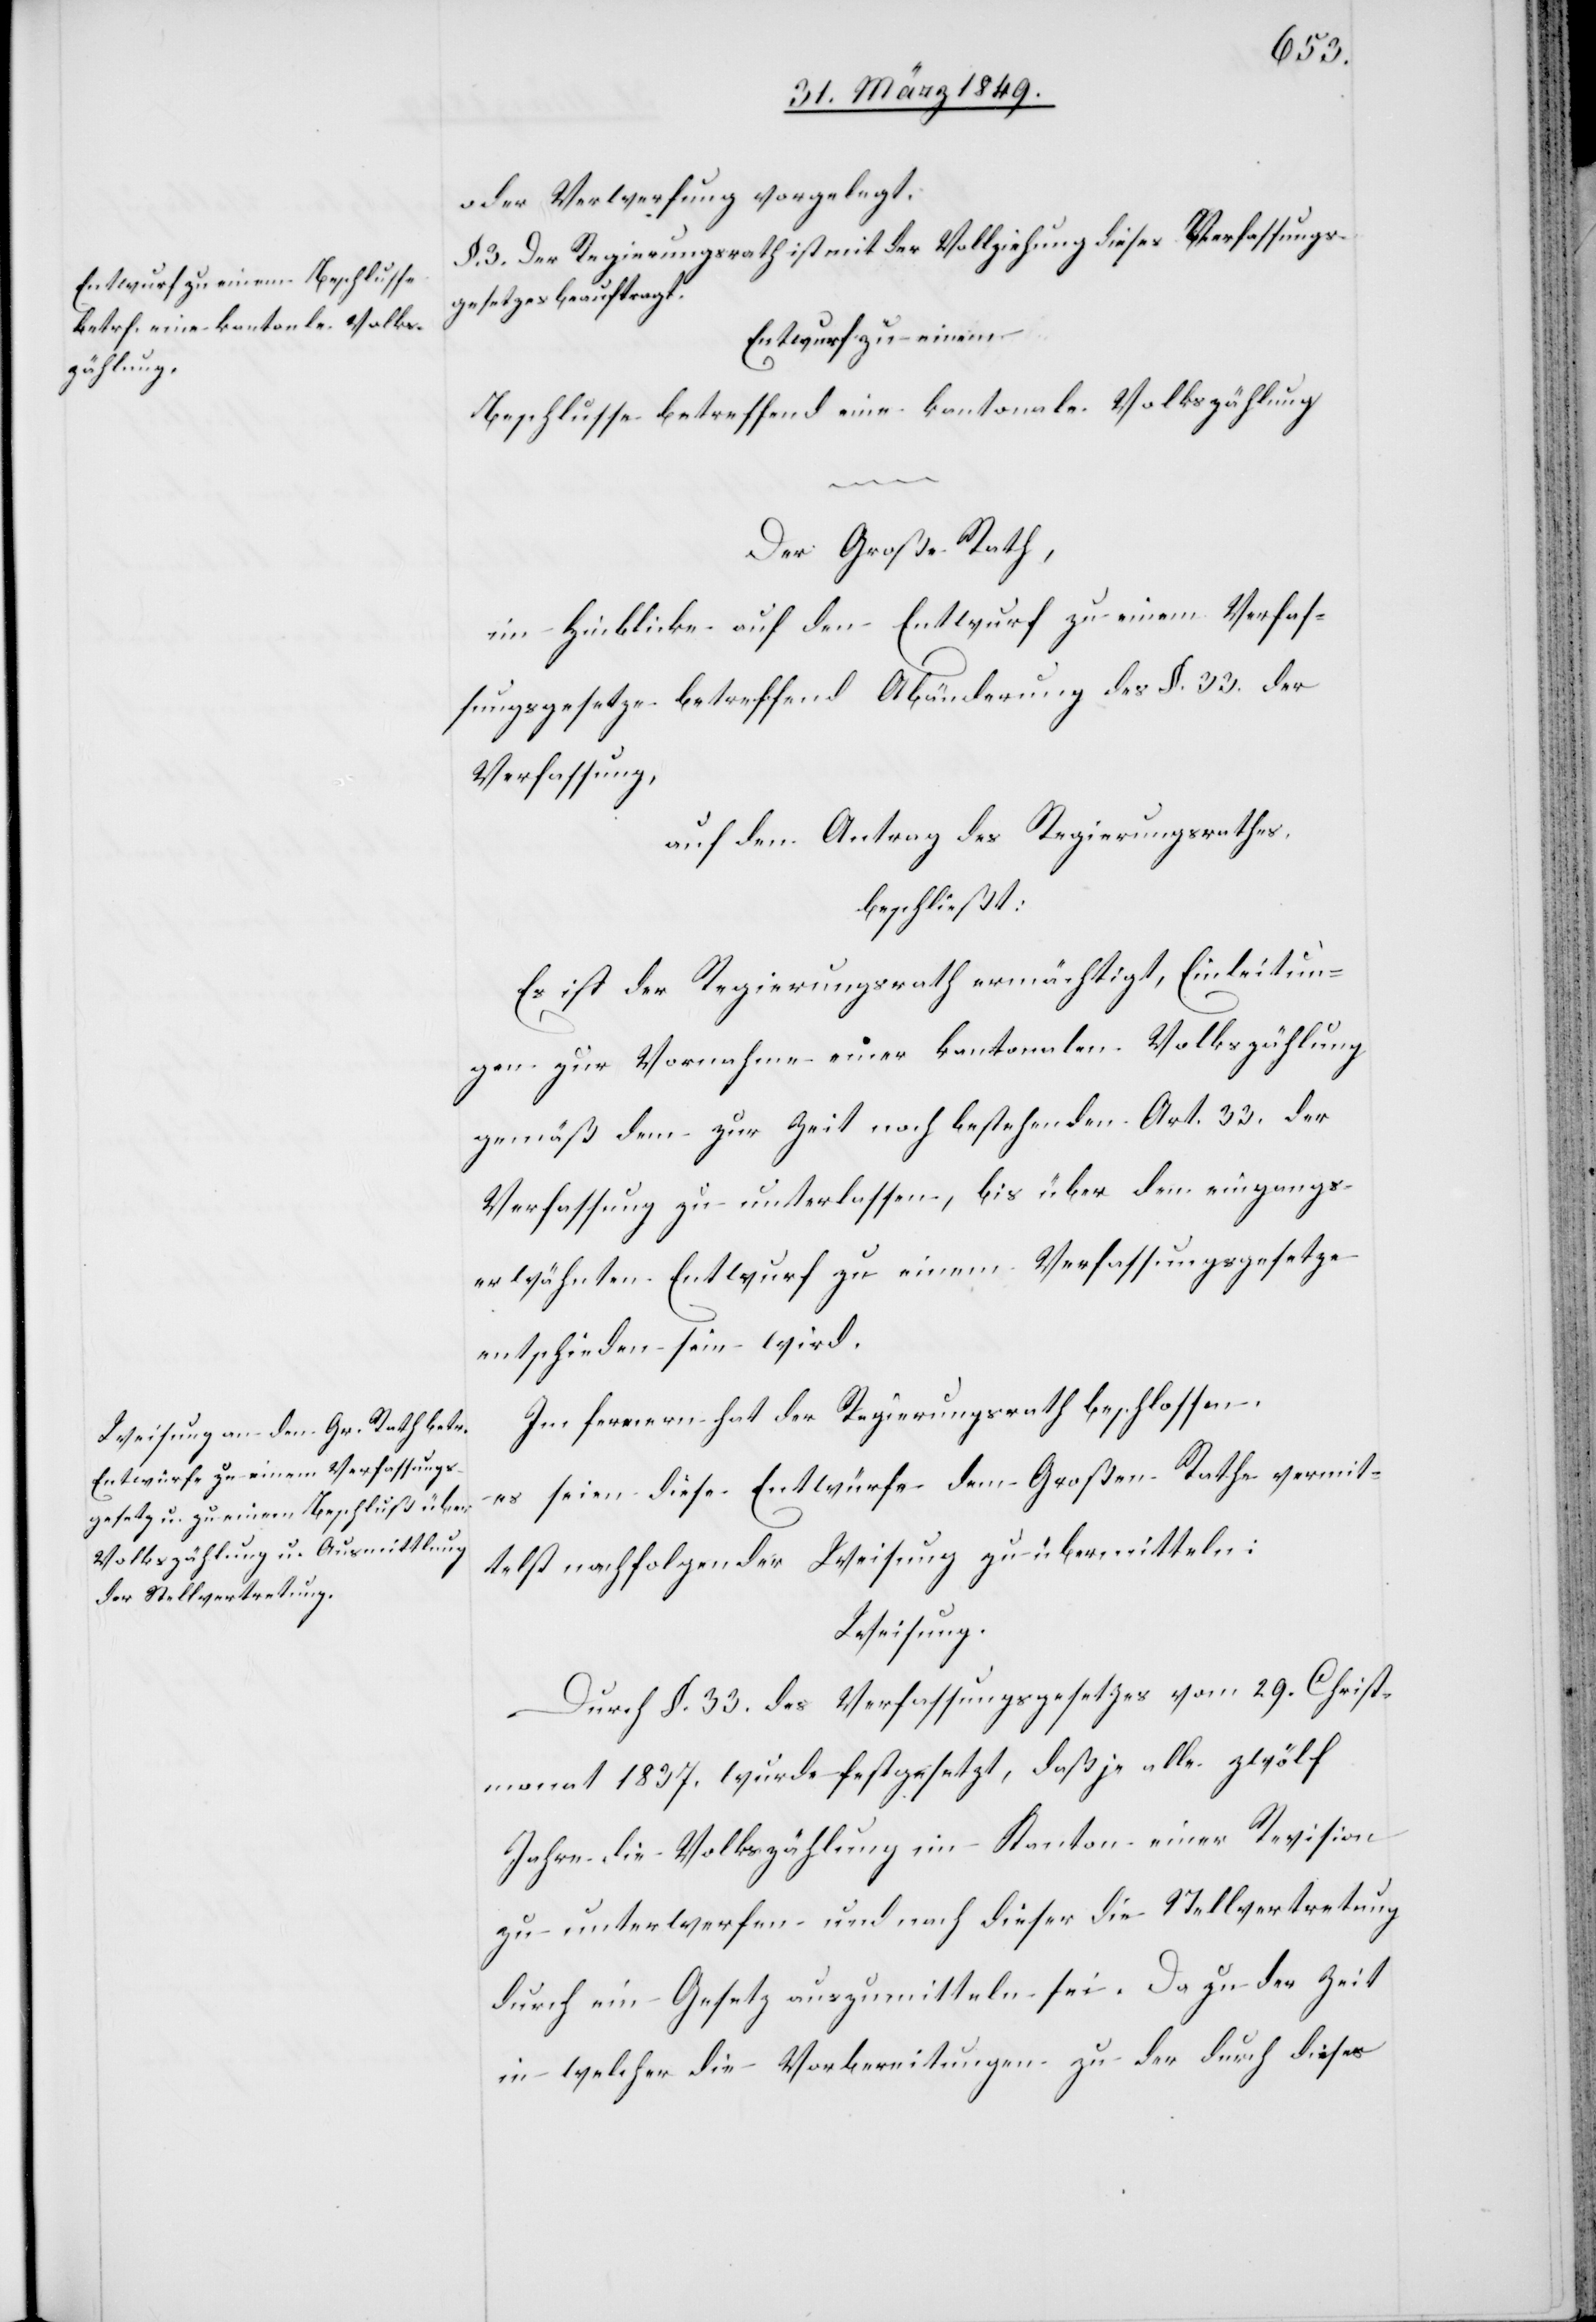
oder Verwerfung vorgelegt.
§. 3. Der Regierungsrath ist mit der Vollziehung dieses Verfassungs¬
gesetzes beauftragt.
Entwurf zu einem
Beschlusse betreffend eine kantonale Volkszählung
Der Große Rath,
im Hinblicke auf den Entwurf zu einem Verfas¬
sungsgesetze betreffend Abänderung des §. 33. der
Verfassung,
auf den Antrag des Regierungsrathes,
beschließt:
Es ist der Regierungsrath ermächtigt, Einleitun¬
gen zur Vornahme einer kantonalen Volkszählung
gemäß dem zur Zeit noch bestehenden Art. 33. der
Verfassung zu unterlassen, bis über den eingangs
erwähnten Entwurf zu einem Verfassungsgesetze
entschieden sein wird.
Im fernern hat der Regierungsrath beschlossen,
es seien diese Entwürfe dem Großen Rathe vermit¬
telst nachfolgender Weisung zu übermitteln:
Weisung.
Durch §. 33. des Verfassungsgesetzes vom 29. Christ¬
monat 1837. wurde festgesetzt, daß je alle zwölf
Jahre die Volkszählung im Kanton einer Revision
zu unterwerfen und nach dieser die Stellvertretung
durch ein Gesetz auszumitteln sei. Da zu der Zeit
in welcher die Vorbereitungen zu der durch dieses